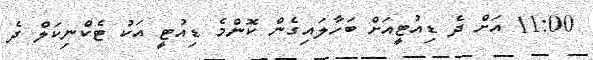
11:00 އަށް ދެ ޑިއުޓީއަށް ބަހާލައިގެން ކޮންމެ ޑިއުޓީ އަކު ޓެކްނިކަލް ދެ